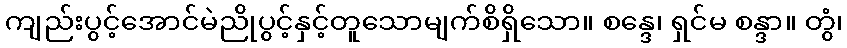
ကျည်းပွင့်အောင်မဲညိုပွင့်နှင့်တူသောမျက်စိရှိသော။ စန္ဒေ၊ ရှင်မ စန္ဒာ။ တွံ၊